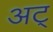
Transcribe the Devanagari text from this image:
अट्